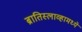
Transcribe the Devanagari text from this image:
ब्रातिस्लाव्हामध्ये